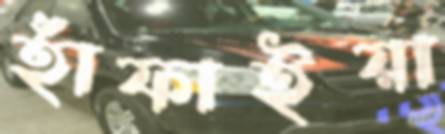
হাঁফাইয়া